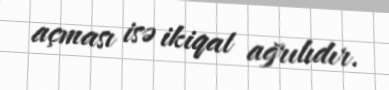
açması isə ikiqat ağrılıdır.